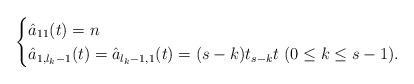
LaTeX: \begin{align*}\begin{cases}\hat{a}_{11}(t)=n \\\hat{a}_{1,l_k-1}(t)=\hat{a}_{l_k-1,1}(t)=(s-k)t_{s-k}t \ (0 \leq k \leq s-1).\end{cases}\end{align*}